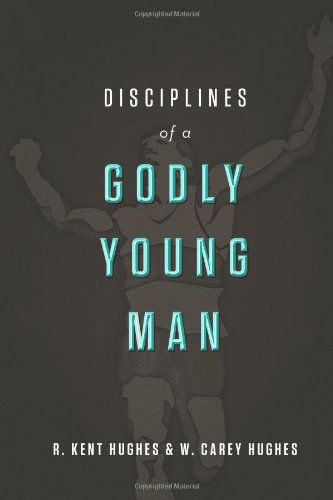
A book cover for Disciplines of a Godly Young Man; R. Kent Hughes; Christian Books & Bibles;